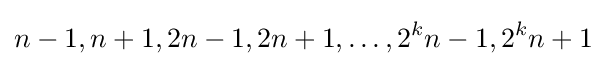
n-1,n+1,2n-1,2n+1,\dots ,2^{k}n-1,2^{k}n+1